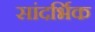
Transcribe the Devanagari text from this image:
सांदर्भिक